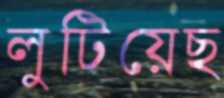
লুটিয়েছ